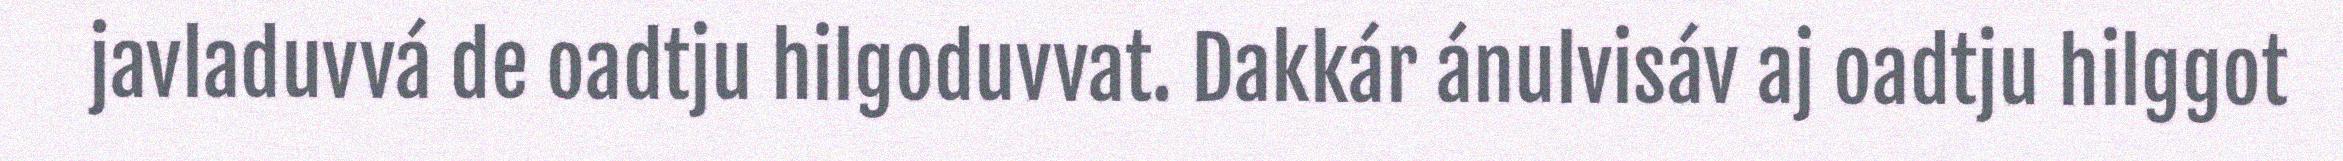
javladuvvá de oadtju hilgoduvvat. Dakkár ánulvisáv aj oadtju hilggot